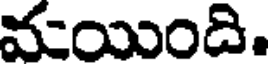
మయింది.